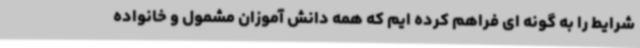
شرایط را به گونه ای فراهم کرده ایم که همه دانش آموزان مشمول و خانواده